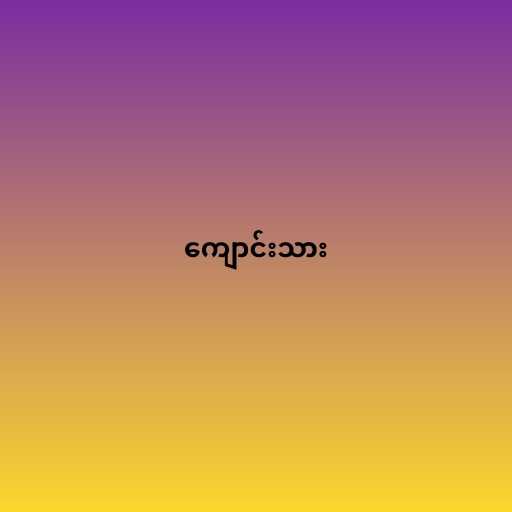
ကျောင်းသား